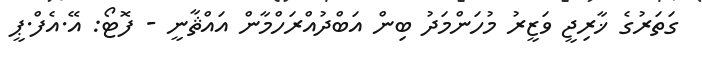
ގަތަރުގެ ޚާރިޖީ ވަޒީރު މުހަންމަދު ބިން އަބްދުއްރަހްމާން އައްޘާނީ - ފޮޓޯ: އޭ.އެފް.ޕީ